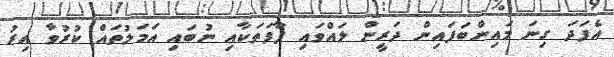
އެފަދަ ގިނަ މައިންބަފައިން ދަރީން ލައްވައި ފާފަތަކާއި ނުބައި އަމަލުތައް ކުރުވާ އިރު